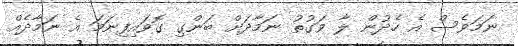
ނަމަވެސް އެ ހެދުން ލާ ވަގުތު ނަމާދަށް ބަންގި ގޮވައިފިނަމަ އެ ނަމާދެއް